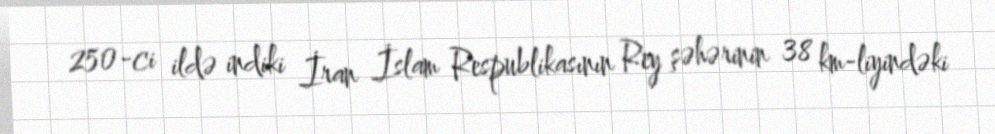
250-ci ildə indiki İran İslam Respublikasının Rey şəhərinin 38 km-liyindəki